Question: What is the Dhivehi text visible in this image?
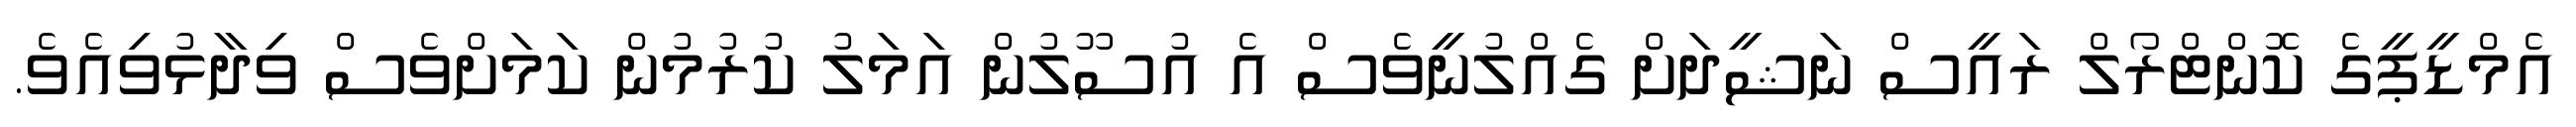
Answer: އެމްޑީޕީގެ ކޮންޓްރޯލް ރައީސް ނަޝީދަށް ގެއްލުނީވެސް އެ އުސޫލުން އަމަލު ކުރުމުން ކަމަށްވެސް ވިދާޅުވިއެވެ.